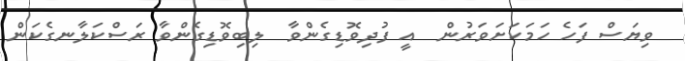
ވިޔަސް ފަހެ ހަމަކަށަވަރުން  އީ ފުދިވޮޑިގެންވާ  ލިބިވޮޑިގެންވާ ރަސްކަލާނގެކަން